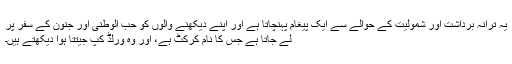
یہ ترانہ برداشت اور شمولیت کے حوالے سے ایک پیغام پہنچاتا ہے اور اپنے دیکھنے والوں کو حب الوطنی اور جنون کے سفر پر
لے جاتا ہے جس کا نام کرکٹ ہے، اور وہ ورلڈ کپ جیتتا ہوا دیکھتے ہیں۔